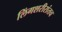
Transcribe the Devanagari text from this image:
लिंगशरीरांतच